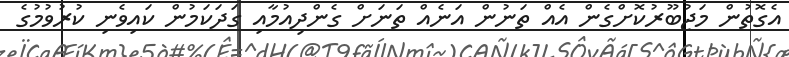
އެގޮތުން މަޖުބޫރުކޮށްގެން އެއް ތަނުން އަނެއް ތަނަށް ގެންދިއުމާއި ގަދަކަމުން ކައިވެނި ކުރުވުމުގެ